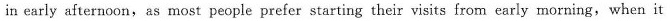
in early afternoon,as most people prefer starting their visits from early morning, when it